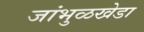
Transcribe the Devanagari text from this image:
जांभुळखेडा